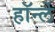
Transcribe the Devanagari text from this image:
हॉर्न्ले